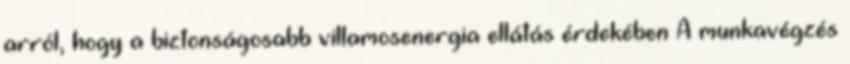
arról, hogy a biztonságosabb villamosenergia ellátás érdekében A munkavégzés